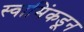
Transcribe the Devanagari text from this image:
स्वामिंकडून